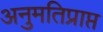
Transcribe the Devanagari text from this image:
अनुमतिप्राप्त